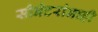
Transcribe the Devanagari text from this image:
सीनेटरांनाही